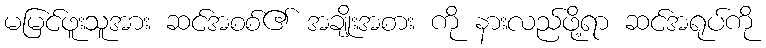
မမြင်ဖူးသူအား ဆင်အစစ်၏ အချိုးအစား ကို နားလည်ဖို့ရာ ဆင်အရုပ်ကို